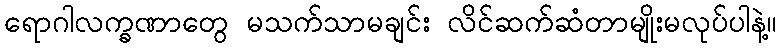
ရောဂါလက္ခဏာတွေ မသက်သာမချင်း လိင်ဆက်ဆံတာမျိုးမလုပ်ပါနဲ့။